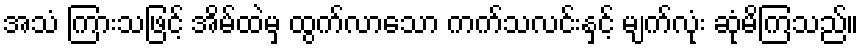
အသံ ကြားသဖြင့် အိမ်ထဲမှ ထွက်လာသော ကက်သလင်းနှင့် မျက်လုံး ဆုံမိကြသည်။